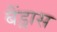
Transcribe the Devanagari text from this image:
बैंड्रास